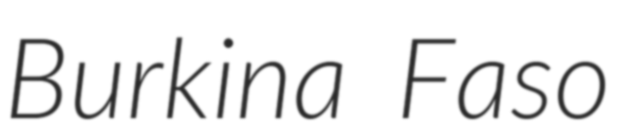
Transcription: Burkina Faso